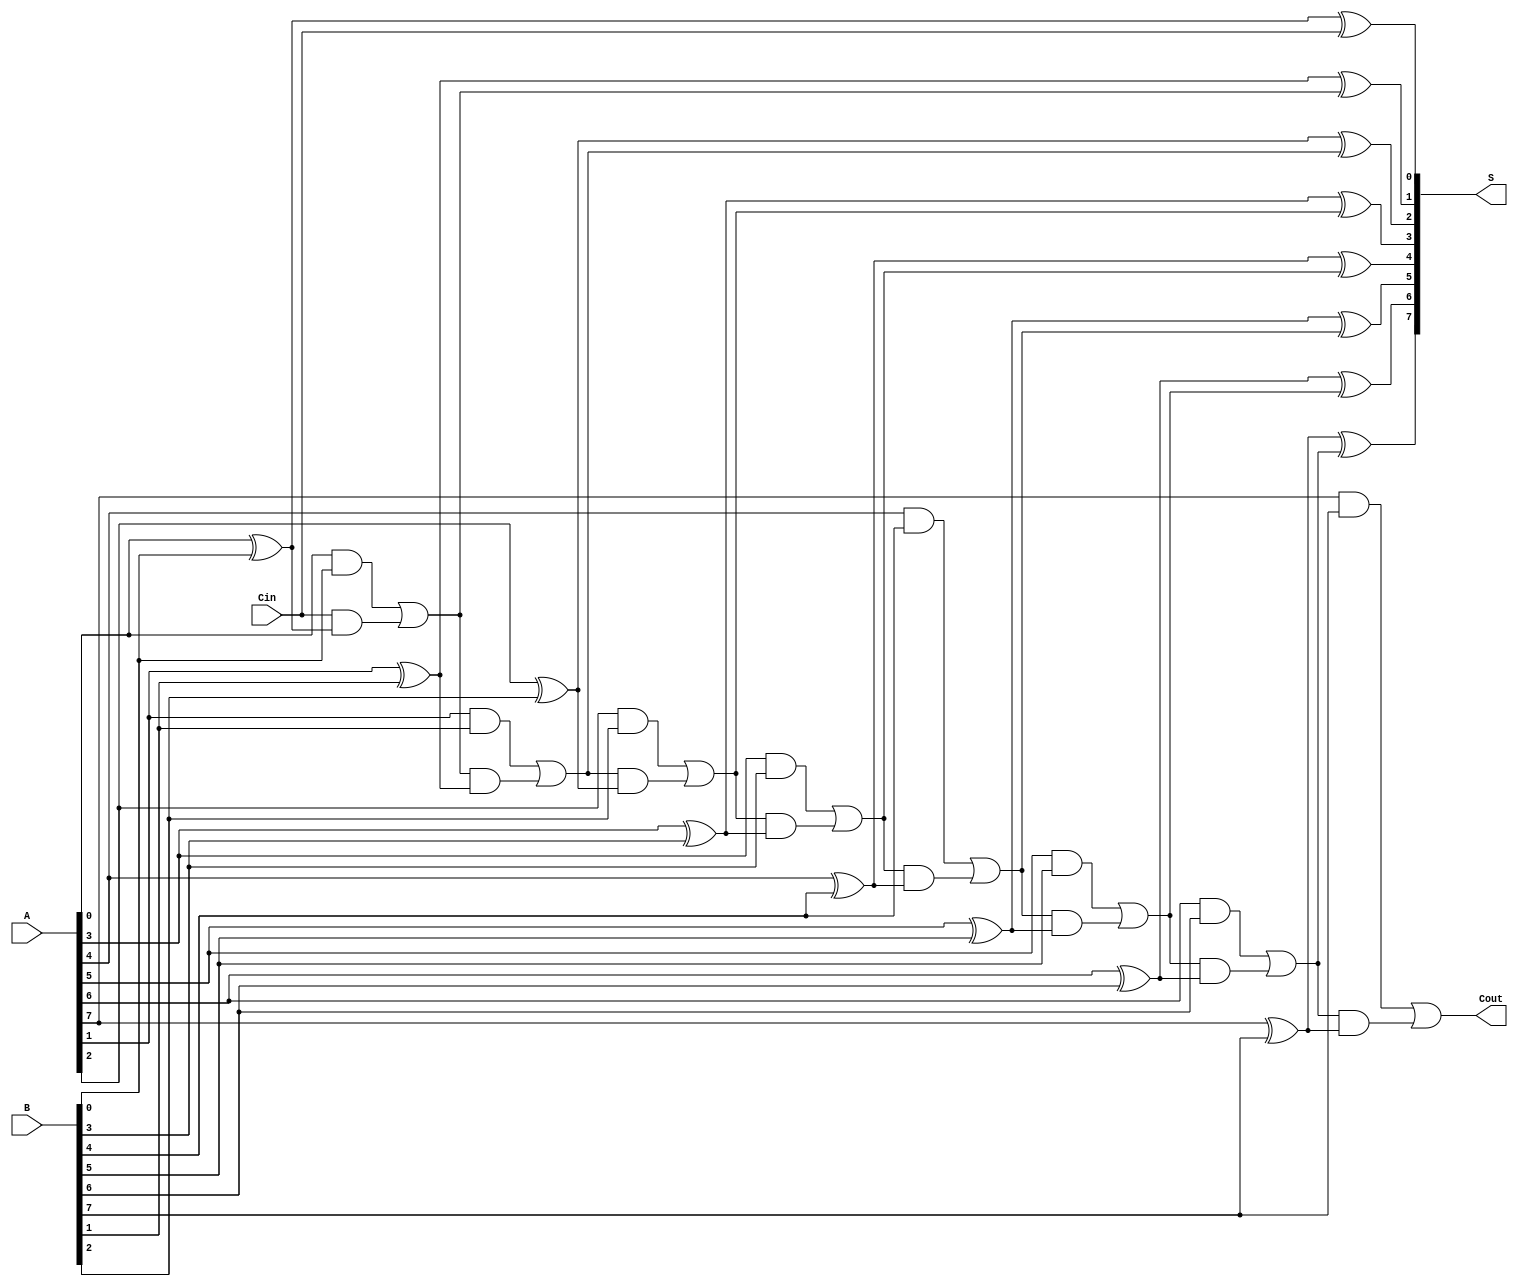
module ManchesterCarryChainAdder #(
    parameter WIDTH = 8  // Width of the adder
)(
    input  wire [WIDTH-1:0] A,  // First operand
    input  wire [WIDTH-1:0] B,  // Second operand
    input  wire Cin,             // Carry-in
    output wire [WIDTH-1:0] S,   // Sum output
    output wire Cout             // Carry-out
);

    // Intermediate carry signals
    wire [WIDTH:0] C; // C[0] is the carry-in, C[WIDTH] is the final carry-out

    // Assign the carry-in to the first carry signal
    assign C[0] = Cin;

    // Carry Generation and Propagation
    genvar i;
    generate
        for (i = 0; i < WIDTH; i = i + 1) begin : carry_gen
            // Carry generation logic
            assign C[i+1] = (A[i] & B[i]) | (C[i] & (A[i] ^ B[i]));
        end
    endgenerate

    // Sum Calculation
    generate
        for (i = 0; i < WIDTH; i = i + 1) begin : sum_calc
            // Sum calculation logic
            assign S[i] = A[i] ^ B[i] ^ C[i];
        end
    endgenerate

    // Final carry-out
    assign Cout = C[WIDTH];

endmodule